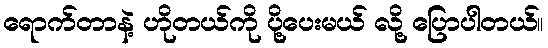
ရောက်တာနဲ့ ဟိုတယ်ကို ပို့ပေးမယ် လို့ ပြောပါတယ်။